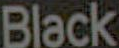
Black